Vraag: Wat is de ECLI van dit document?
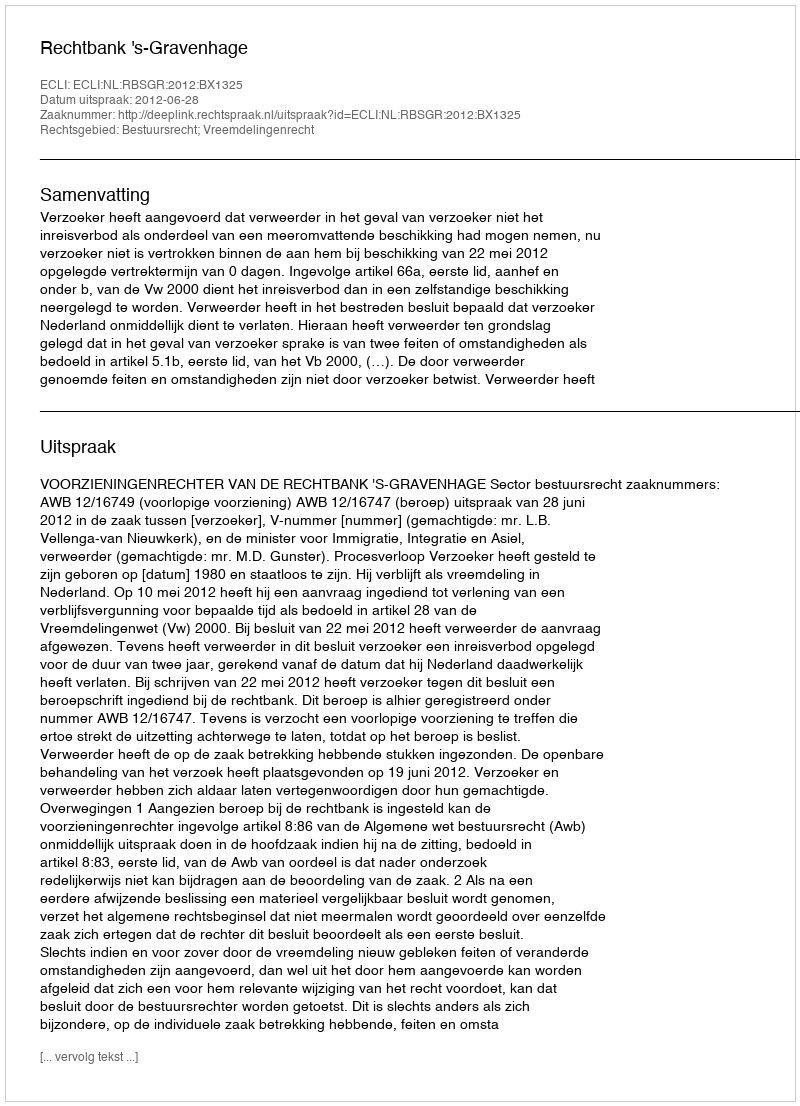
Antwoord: ECLI:NL:RBSGR:2012:BX1325